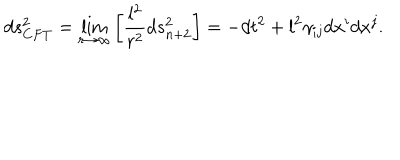
LaTeX: d s _ { C F T } ^ { 2 } = \lim _ { r \to \infty } \left[ { \frac { l ^ { 2 } } { r ^ { 2 } } } d s _ { n + 2 } ^ { 2 } \right] = - d t ^ { 2 } + l ^ { 2 } \gamma _ { i j } d x ^ { i } d x ^ { j } .